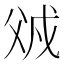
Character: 𰠌